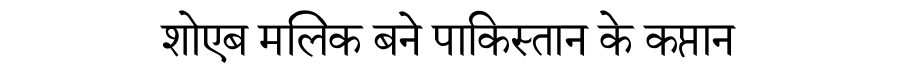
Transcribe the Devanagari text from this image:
शोएब मलिक बने पाकिस्तान के कप्तान